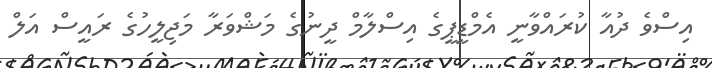
އިސްވެ ދުއާ ކުރައްވާނީ އެމްޑީޕީގެ އިސްލާމް ދީނުގެ މަޝްވަރާ މަޖިލީހުގެ ރައީސް އަލް